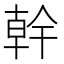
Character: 幹